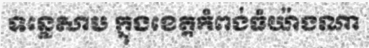
ទន្លេសាប ក្នុងខេត្តកំពង់ធំយ៉ាងណា